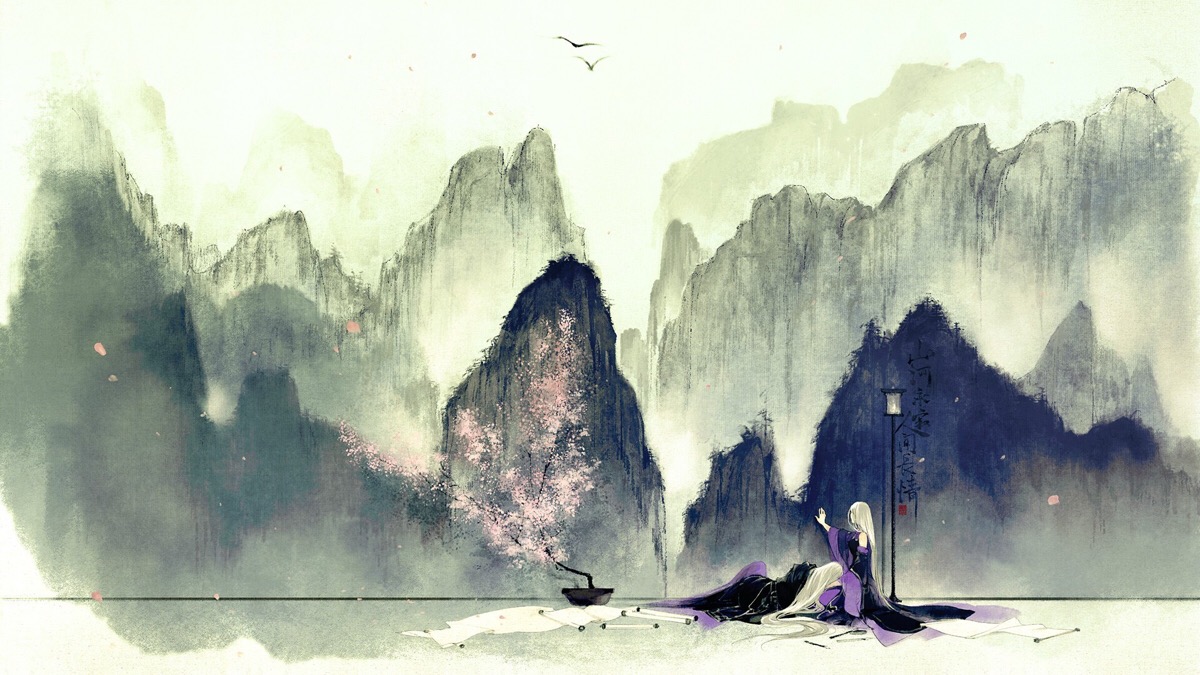
天若有情天亦老，摇摇幽恨难禁。